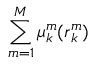
\sum _ { m = 1 } ^ { M } \mu _ { k } ^ { m } ( \boldsymbol { r } _ { k } ^ { m } )